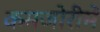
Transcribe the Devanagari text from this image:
कमजोरीमें